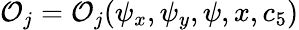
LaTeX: \mathcal{O}_{j}=\mathcal{O}_{j}(\psi_{x},\psi_{y},\psi,x,c_{5})